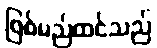
ဖြစ်မည်ထင်သည်